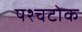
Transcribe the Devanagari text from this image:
पश्चटोक